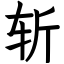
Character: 斩